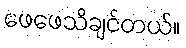
ဖေဖေသိချင်တယ်။